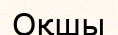
Оқшы